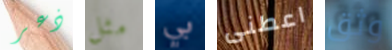
ذعر مثل بي اعطنى وثق